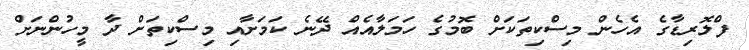
ފްލޮރިޑާގެ އެހެން މިސްކިތަކަށް ބޮމުގެ ހަމަލާއެއް ދޭނެ ކަމަށާއި މިސްކިތަށް ދާ މީހުންނަށް